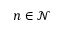
n \in \mathcal N